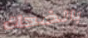
بالضحك